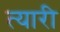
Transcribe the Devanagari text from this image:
त्यारी